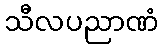
သီလပညာဏံ